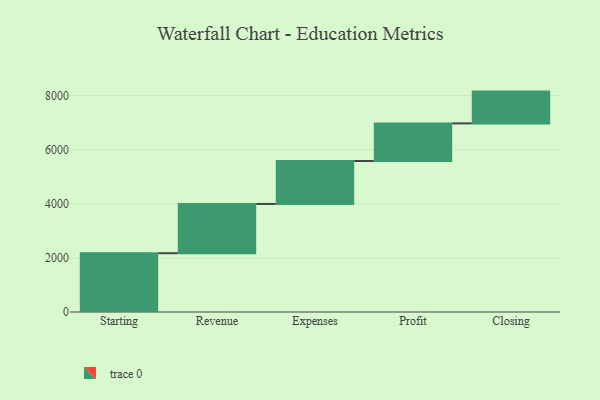
{"axis": {"x": "Step", "y": "Value"}, "legend": [""], "data": [{"x": "Starting", "y": 2175.0, "type": ""}, {"x": "Revenue", "y": 1823.0, "type": ""}, {"x": "Expenses", "y": 1589.0, "type": ""}, {"x": "Profit", "y": 1392.0, "type": ""}, {"x": "Closing", "y": 1176.0, "type": ""}]}